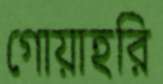
গোয়াহরি